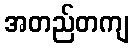
အတည်တကျ